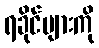
ရခိုင်များကို